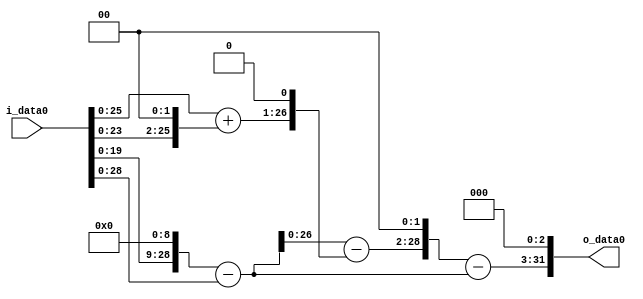
module multiplier_block (
    i_data0,
    o_data0
);

  // Port mode declarations:
  input   [31:0] i_data0;
  output  [31:0]
    o_data0;

  //Multipliers:

  wire [31:0]
    w1,
    w512,
    w511,
    w4,
    w5,
    w10,
    w501,
    w2004,
    w1493,
    w11944;

  assign w1 = i_data0;
  assign w10 = w5 << 1;
  assign w11944 = w1493 << 3;
  assign w1493 = w2004 - w511;
  assign w2004 = w501 << 2;
  assign w4 = w1 << 2;
  assign w5 = w1 + w4;
  assign w501 = w511 - w10;
  assign w511 = w512 - w1;
  assign w512 = w1 << 9;

  assign o_data0 = w11944;

  //multiplier_block area estimate = 6948.84949584853;
endmodule